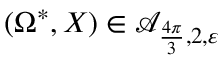
( \Omega ^ { \ast } , X ) \in \mathcal A _ { \frac { 4 \pi } { 3 } , 2 , \varepsilon }